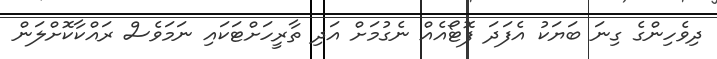
ދިވެހިންގެ ގިނަ ބަޔަކު އެފަދަ ފޮޓޯއެއް ނެގުމަށް އަދި ތާރީހަށްޓަކައި ނަމަވެސް ރައްކާކޮށްލަން